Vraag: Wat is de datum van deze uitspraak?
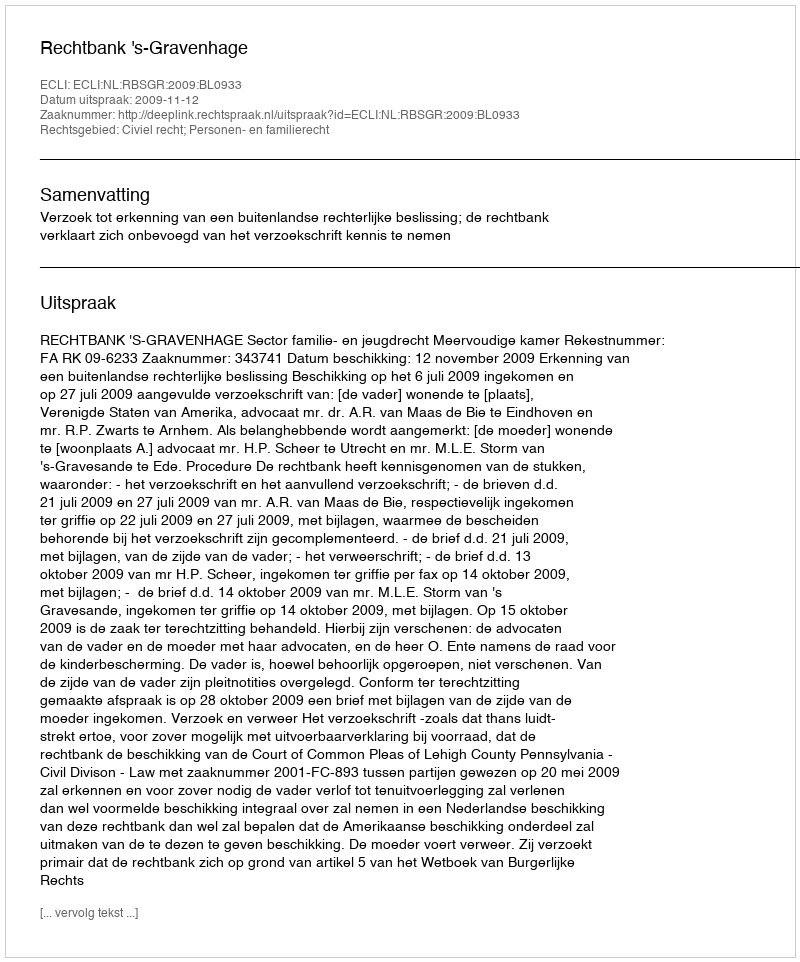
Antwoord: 2009-11-12